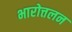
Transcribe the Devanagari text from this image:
भारोत्तलन